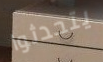
يتحدثوا